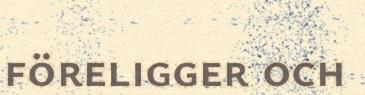
föreligger och